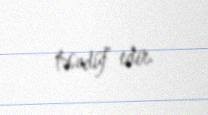
təsadüf edir.